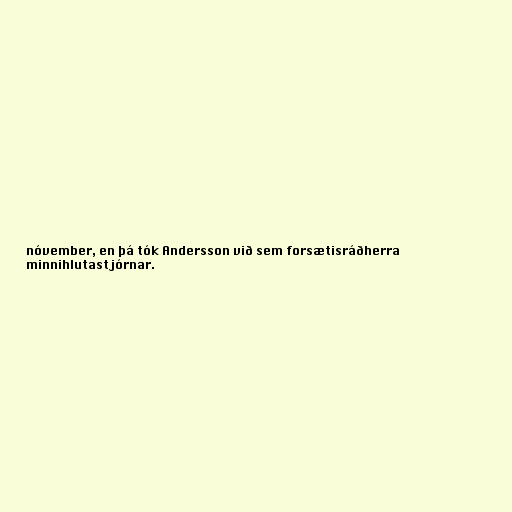
nóvember, en þá tók Andersson við sem forsætisráðherra
minnihlutastjórnar.